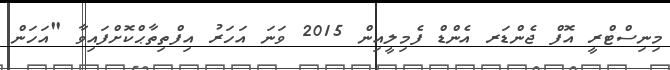
މިނިސްޓްރީ އޮފް ޖެންޑަރ އެންޑް ފެމިލީއިން 2015 ވަނަ އަހަރު އިފްތިތާޙްކޮށްފައިވާ "އަހަން